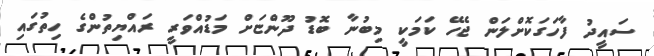
ސައީދު ފާހަގަކޮށްލަން ޖެހޭ ކަމަކީ މިބުނާ ބޮޑު ދޫންޏަށް މަޑުއްވަރީ ރައްޔިތުންގެ ހިތުގައި